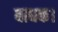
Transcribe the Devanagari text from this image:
बाधक।